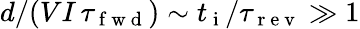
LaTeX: d/(VI\, \tau_{\mathrm{~f~w~d~}})\sim t_{\mathrm{~i~}}/\tau_{\mathrm{~r~e~v~}}\gg 1